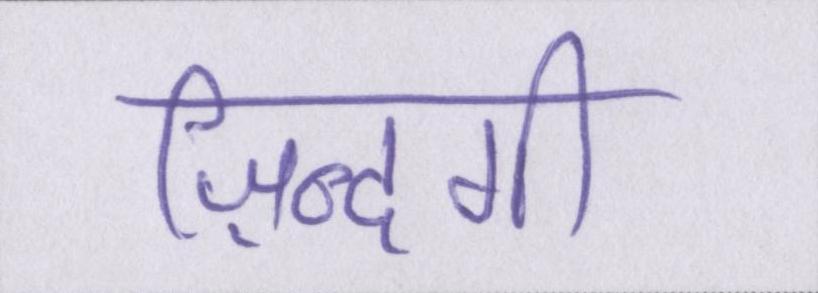
ज़िन्दगी